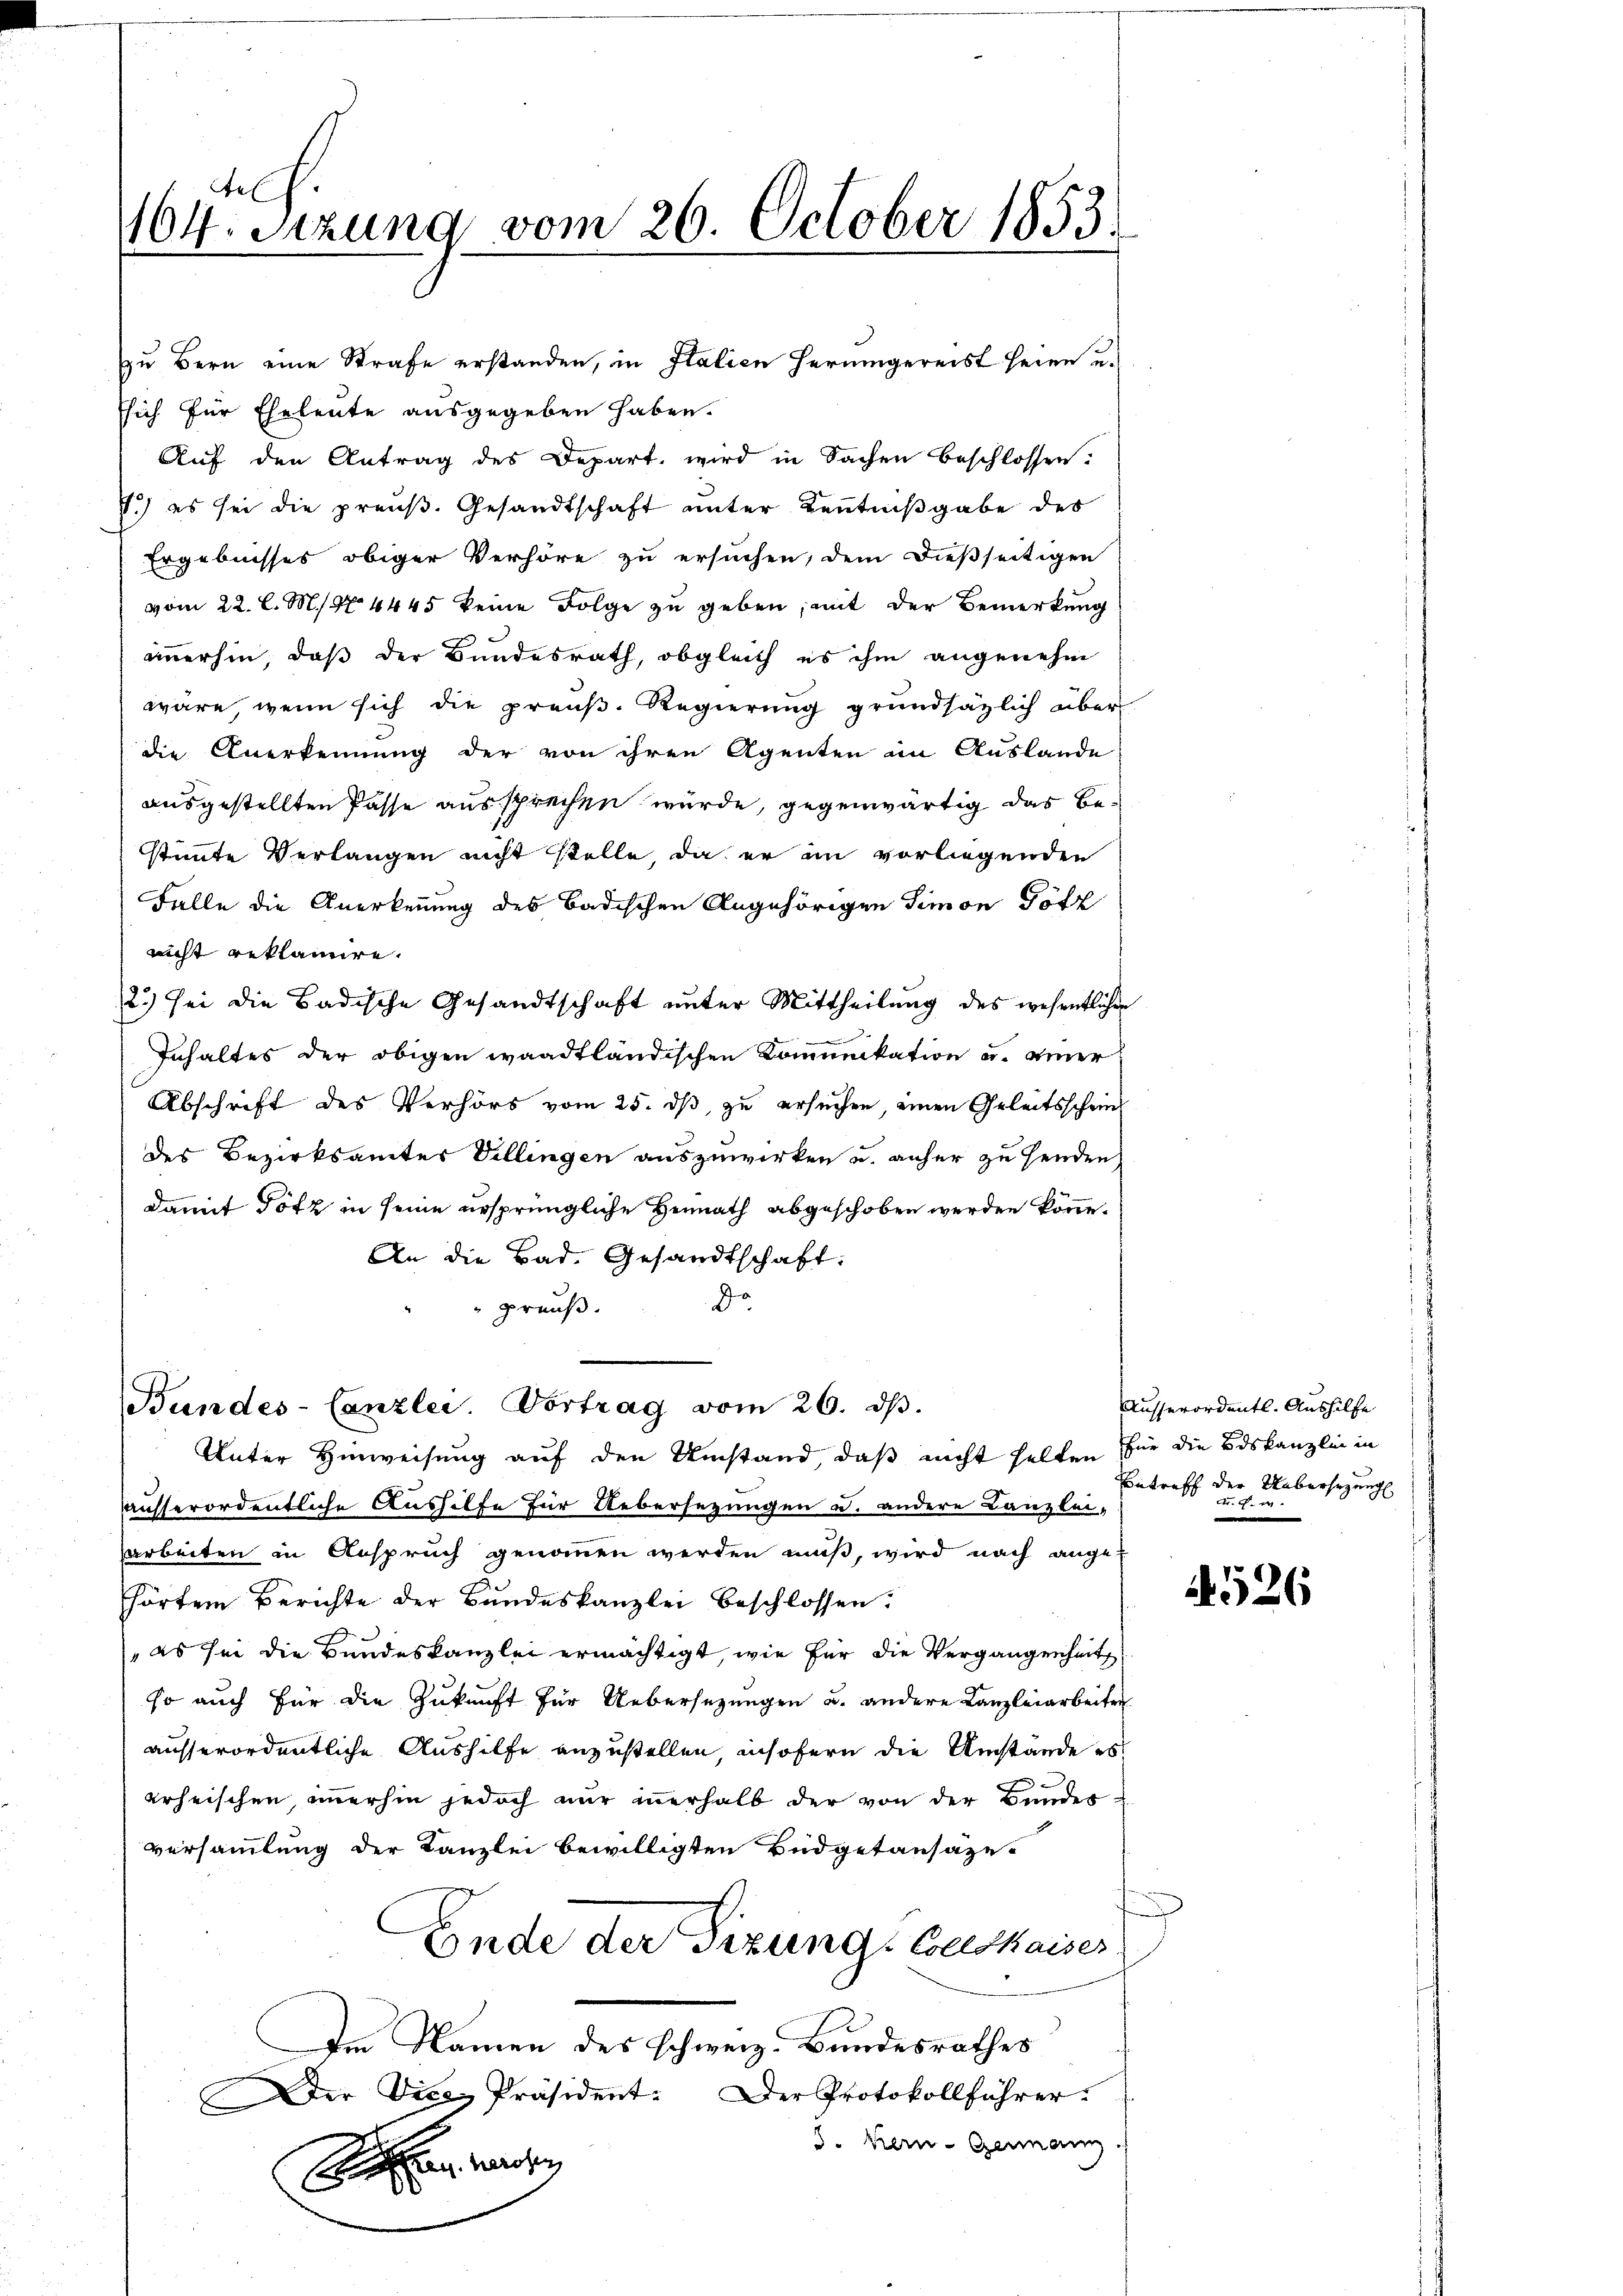
104. Sitzung vom 26. October 1853.

Esich für Eheleute ausgegeben haben.
Auf den Antrag des Depart, wird in Sachen beschlossen:
J.) es sei die preuß. Gesandtschaft unter Kenntnißgabe des
Ergebnisses obiger Verhöre zu ersuchen, dem dießseitigen
vom 22. l. M. No 4445 keine Folge zu geben, mit der Bemerkung
immerhin, daß der Bundesrath, obgleich es ihm angenehm
wäre wenn sich die preŭβ. Regierŭng grundsätzlich über-
die Anerkennung der von ihren Agenten im Auslande
ausgestellten Pässe aussprechen wurde, gegenwärtig das Be-
stimmte Verlangen nicht stelle, da er im vorliegenden
Falle die Anerkennung des Badischen Angehörigen Simon Götz
nicht reklamire.
2.) Sei die Badische Gesandtschaft unter Mittheilung des wesentlichen
Inhaltes der obigen waadtländischen Komunikation u. einer
Abschrift des Verhörs vom 25. dß, zu ersuchen, einen Geleitsscheins
des Bezirksamter Villingen auszuwirken u. anher zu senden
damit Götz in seine ursprüngliche Heimath abgeschoben werden könne.
An die Bad. Gesandtschaft.
do
preuß.

Bundes-Canzlei. Vortrag vom 26. dβ.

zu Bern eine Strafe erstanden, in Italien herumgereist seien u.

Unter Hinweisung auf den Umstand daß nicht halten für die Bdskanzlini in
ausserordentliche Aushilfe für Uebersezungen u. andere Kanzlei-
arbeiten in Anspruch genommen werden muß, wird nach ange-
hörtem Berichte der Bundeskanzlei beschlossen:
" es sei die Bundeskanzlei ermächtigt, wie für die Vergangenheit
so auch für die Zukunft für Uebersezungen u. andere Kanzleiarbeiten
ausserordentliche Aushilfe anzustellen, insofern die Umstände es
erheischen, immerhin jedoch nur innerhalb der von der Bunder-
versammlung der Kanzlei bewilligten Budgetansaze¬
Ende der Fixung: Conskaiser
Im Namen des schweiz. Bundesrathes
Der Vice-Präsident: Der Protokollführer.
8. Kern-Germann
A

Ausserordentl. Aushilfe
Betreff der Übersezung
x

526